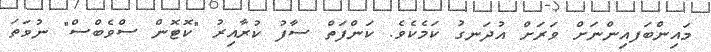
މައިންބަފއިންނަށް ވަރަށް އުދަނގު ކަމެކެވެ. ކަންފަތް ސާފު ކުރާއިރު "ކޮޓޮން ސްވެބްސް" ނުވަތަ